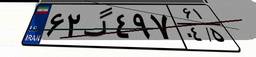
۶۲گ۴۹۷۶۱